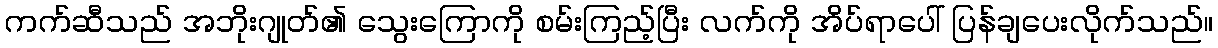
ကက်ဆီသည် အဘိုးဂျုတ်၏ သွေးကြောကို စမ်းကြည့်ပြီး လက်ကို အိပ်ရာပေါ် ပြန်ချပေးလိုက်သည်။